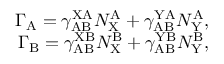
\begin{array} { r } { \Gamma _ { \mathrm { A } } = \gamma _ { \mathrm { A B } } ^ { \mathrm { X A } } N _ { \mathrm { X } } ^ { \mathrm { A } } + \gamma _ { \mathrm { A B } } ^ { \mathrm { Y A } } N _ { \mathrm { Y } } ^ { \mathrm { A } } , } \\ { \Gamma _ { \mathrm { B } } = \gamma _ { \mathrm { A B } } ^ { \mathrm { X B } } N _ { \mathrm { X } } ^ { \mathrm { B } } + \gamma _ { \mathrm { A B } } ^ { \mathrm { Y B } } N _ { \mathrm { Y } } ^ { \mathrm { B } } , } \end{array}